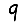
Digit: 9